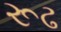
રૂઢ